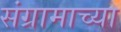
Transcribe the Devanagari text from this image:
संग्रामाच्या